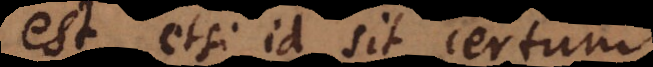
est, etsi id sit certum